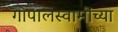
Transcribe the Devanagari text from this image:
गोपालस्वामींच्या